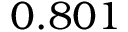
0 . 8 0 1